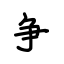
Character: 争